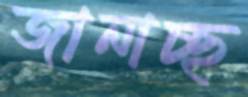
জানাচ্ছ